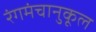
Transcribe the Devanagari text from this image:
रंगमंचानुकूल